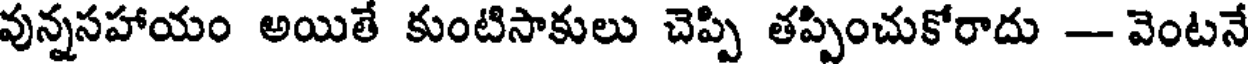
వున్నసహాయం అయితే కుంటిసాకులు చెప్పి తప్పించుకోరాదు - వెంటనే